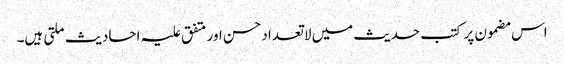
اس مضمون پر کتب حدیث میں لاتعداد حسن اور متفق علیہ احادیث ملتی ہیں۔